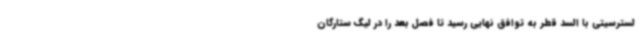
لسترسیتی با السد قطر به توافق نهایی رسید تا فصل بعد را در لیگ ستارگان